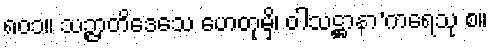
၈၀၁။ သဉ္ဇာတိဒေသေ ဟေတုမှိ၊ ဝါသဋ္ဌာနာ’ကရေသု စ။